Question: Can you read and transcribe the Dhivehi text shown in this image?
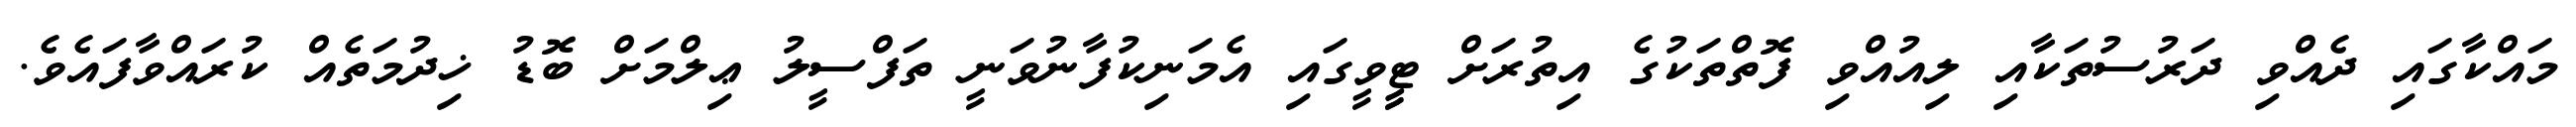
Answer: މައްކާގައި ދެއްވި ދަރުސުތަކާއި ލިއުއްވި ފޮތްތަކުގެ އިތުރަށް ޓީީވީގައި އެމަނިކުފާނުވަނީ ތަފްސީލު ޢިލްމަށް ބޮޑު ޚިދުމަތެއް ކުރައްވާފައެވެ.